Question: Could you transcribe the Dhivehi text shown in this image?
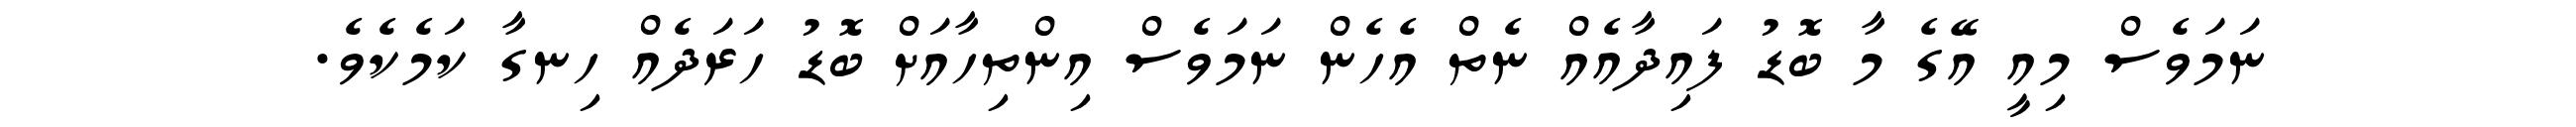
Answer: ނަމަވެސް މިއީ އޭގެ މާ ބޮޑު ފައިދާއެއް ނެތް އެހެން ނަމަވެސް އިންތިހާއަށް ބޮޑު ހަރަދެއް ހިނގާ ކަމެކެވެ.